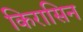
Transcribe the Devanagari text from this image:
किरासिन